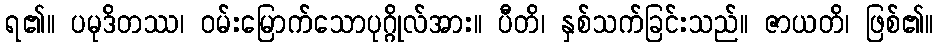
ရ၏။ ပမုဒိတဿ၊ ဝမ်းမြောက်သောပုဂ္ဂိုလ်အား။ ပီတိ၊ နှစ်သက်ခြင်းသည်။ ဇာယတိ၊ ဖြစ်၏။